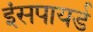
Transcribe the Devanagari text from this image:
इंसपायर्ड